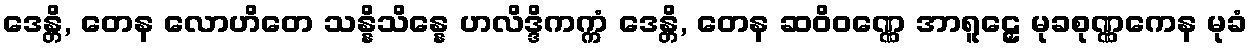
ဒေန္တိ, တေန လောဟိတေ သန္နိသိန္နေ ဟလိဒ္ဒိကက္ကံ ဒေန္တိ, တေန ဆဝိဝဏ္ဏေ အာရူဠှေ မုခစုဏ္ဏကေန မုခံ